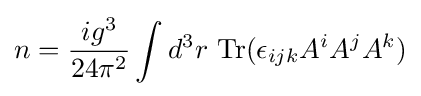
n={\frac {ig^{3}}{24\pi ^{2}}}\int d^{3}r\ {\text{Tr}}(\epsilon _{ijk}A^{i}A^{j}A^{k})